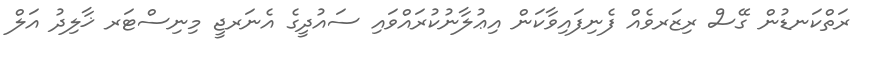
ރަތްކަނޑުން ގޭސް ރިޒަރވެއް ފެނިފައިވާކަން އިޢުލާނުކުރައްވައި ސައުދީގެ އެނަރޖީ މިނިސްޓަރ ޚާލިދު އަލް